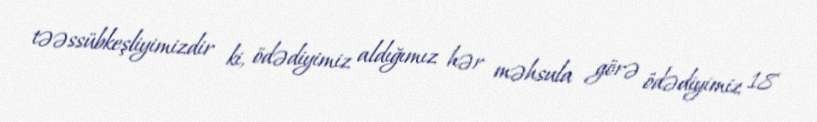
təəssübkeşliyimizdir ki, ödədiyimiz aldığımız hər məhsula görə ödədiyimiz 18